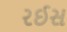
રઈસ